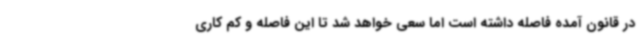
در قانون آمده فاصله داشته است اما سعی خواهد شد تا این فاصله و کم کاری